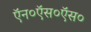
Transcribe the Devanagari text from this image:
ऍन०ऍस०ऍस०